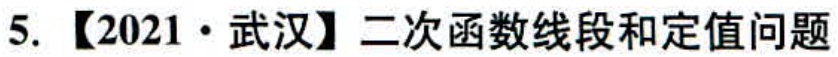
5. 【2021·武汉】二次函数线段和定值问题